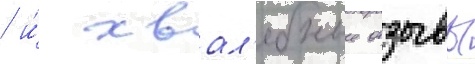
/ и́ хвал'ебные отзывы